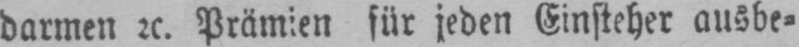
darmen etc. Prämien für jeden Einsteher ausbe⸗